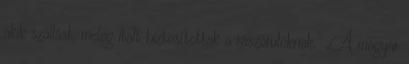
akik szállást, meleg italt biztosítottak a rászorulóknak.” „A magyar